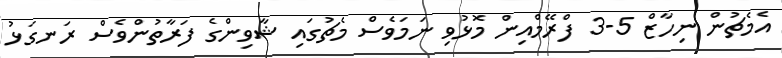
އެމެޗުން ނިހާޒް 5-3 ފްރޭމްއިން މޮޅުވި ނަމަވެސް މެޗުގައި ޝާވިންގެ ފަރާތުންވެސް ރަނގަޅު